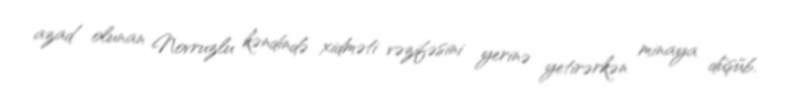
azad olunan Novruzlu kəndində xidməti vəzifəsini yerinə yetirərkən minaya düşüb.